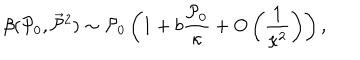
\beta ( { \cal P } _ { 0 } , \vec { { \cal P } } { } ^ { 2 } ) \sim { \cal P } _ { 0 } \left( 1 + b \frac { { \cal P } _ { 0 } } { \kappa } + O \left( \frac { 1 } { \kappa ^ { 2 } } \right) \right) ,